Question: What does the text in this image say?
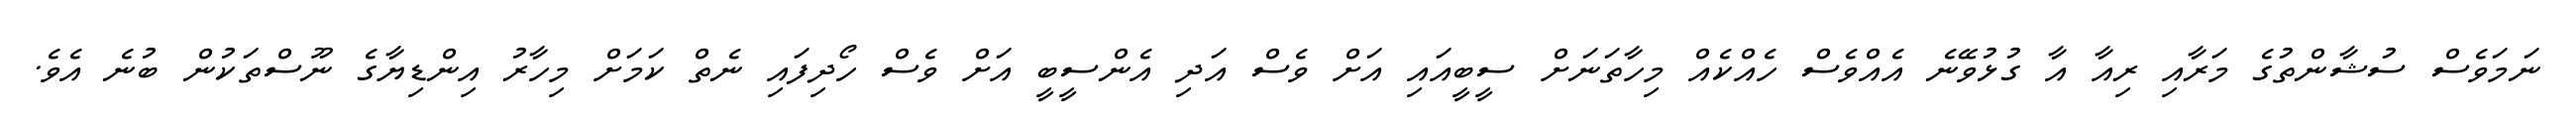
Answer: ނަމަވެސް ސުޝާންތުގެ މަރާއި ރިއާ އާ ގުޅުވޭނެ އެއްވެސް ހެއްކެއް މިހާތަނަށް ސީބީއައި އަށް ވެސް އަދި އެންސީބީ އަށް ވެސް ހޯދިފައި ނެތް ކަމަށް މިހާރު އިންޑިޔާގެ ނޫސްތަކުން ބުނެ އެވެ.